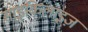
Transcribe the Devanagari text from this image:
साइकिलाइज़